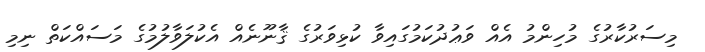
މިސަރުކާރުގެ މުހިންމު އެއް ވަޢުދުކަމުގައިވާ ކުޅިވަރުގެ ޤާނޫނެއް އެކުލަވާލުމުގެ މަސައްކަތް ނިމި